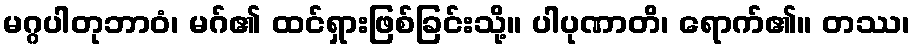
မဂ္ဂပါတုဘာဝံ၊ မဂ်၏ ထင်ရှားဖြစ်ခြင်းသို့။ ပါပုဏာတိ၊ ရောက်၏။ တဿ၊